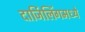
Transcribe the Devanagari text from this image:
दार्जिलिंगमध्ये